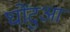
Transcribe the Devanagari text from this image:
घोंटुआ